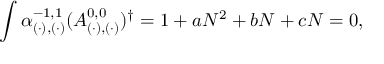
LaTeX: \int \alpha _ { ( \cdot ) , ( \cdot ) } ^ { - 1 , 1 } ( A _ { ( \cdot ) , ( \cdot ) } ^ { 0 , 0 } ) ^ { \dagger } = 1 + a N ^ { 2 } + b N + c N = 0 ,